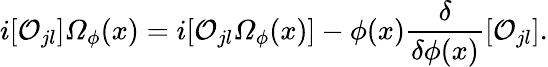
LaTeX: i[{\cal O}_{jl}]{\mit\Omega}_{\phi}(x)=i[{\cal O}_{jl}{\mit\Omega}_{\phi}(x)]-\phi(x)\frac{\delta}{\delta\phi(x)}[{\cal O}_{jl}].